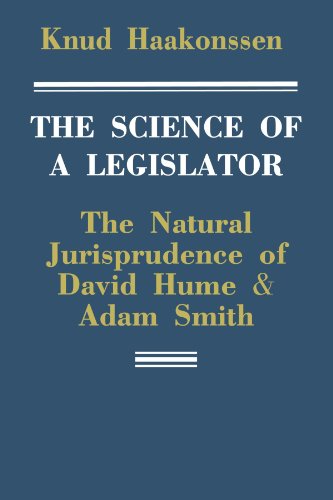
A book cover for The Science of a Legislator: The Natural Jurisprudence of David Hume and Adam Smith; Knud Haakonssen; Law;